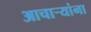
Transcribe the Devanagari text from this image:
आचार्‍यांना